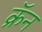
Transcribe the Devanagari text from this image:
क्रॅन